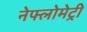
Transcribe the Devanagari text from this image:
नेफ्लोमेट्री